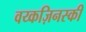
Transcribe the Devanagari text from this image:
वय्कज़िनस्की